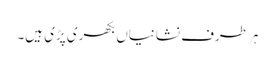
ہر طرف نشانیاں بکھری پڑی ہیں۔